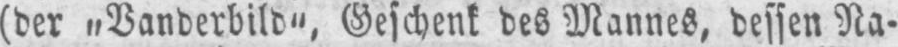
(der „Vanderbild“, Geschenk des Mannes, dessen Na-